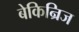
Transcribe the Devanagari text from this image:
बेकिन्रिज